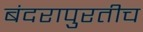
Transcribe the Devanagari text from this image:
बंदरापुरतीच